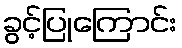
ခွင့်ပြုကြောင်း